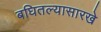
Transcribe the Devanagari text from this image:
बघितल्यासारखे